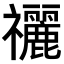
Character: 𥜰